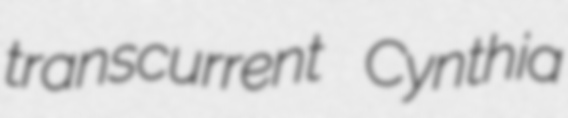
transcurrent Cynthia